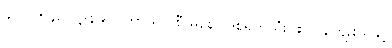
၄-ပါ-၅၄၈၊ ဋ္ဌ-၃၉၀၊ ကာယ ဝစီ မနော ဒုစရိုက်သုံးပါး လွန်ကျူးသူနှင့်